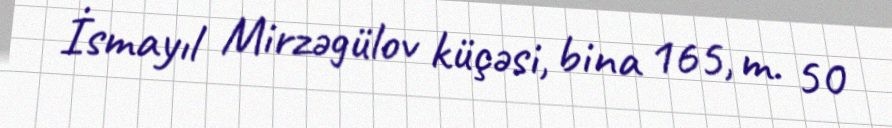
İsmayıl Mirzəgülov küçəsi, bina 165, m. 50